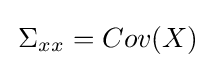
\,\Sigma _{xx}=Cov(X)